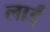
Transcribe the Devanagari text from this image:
लार्ड्‌